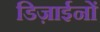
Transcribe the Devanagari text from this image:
डिज़ाईनों